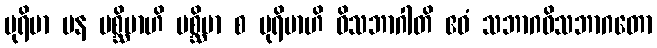
ပုရိမာ ပန ပစ္ဆိမာဟိ ပစ္ဆိမာ စ ပုရိမာဟိ ဝိသဘာဂါတိ ဧဝံ သဘာဂဝိသဘာဂတော